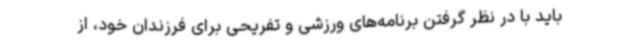
باید با در نظر گرفتن برنامه‌های ورزشی و تفریحی برای فرزندان خود، از